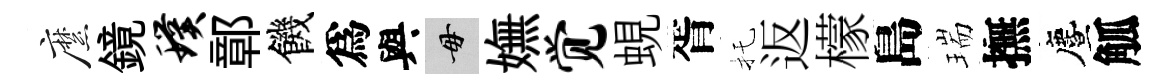
縻鏡璞鄣饑爲與毋嫵觉蜆胥托返檬島瑞撫󵨌觚